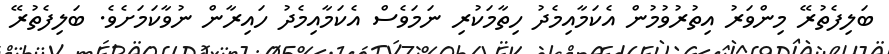
ބަލިފެތުރޭ މިންވަރު އިތުރުވުމުން އެކަމާއިމެދު ހިތާމަކުރި ނަމަވެސް އެކަމާއިމެދު ހައިރާން ނުވާކަމަށެވެ. ބަލިފެތުރޭ